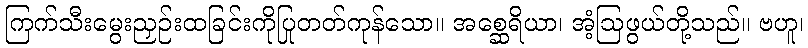
ကြက်သီးမွေးညှဉ်းထခြင်းကိုပြုတတ်ကုန်သော။ အစ္ဆေရိယာ၊ အံ့ဩဖွယ်တို့သည်။ ဗဟူ၊